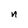
Character: n